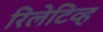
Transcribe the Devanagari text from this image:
रिलेटिव्ह